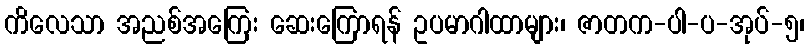
ကိလေသာ အညစ်အကြေး ဆေးကြောရန် ဥပမာဂါထာများ၊ ဇာတက-ပါ-ပ-အုပ်-၅၊